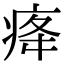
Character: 𤵸